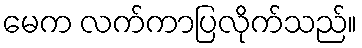
မေက လက်ကာပြလိုက်သည်။